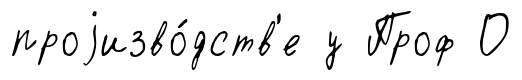
проjизво́дств'е у Проф О